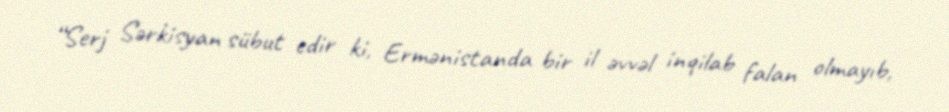
“Serj Sərkisyan sübut edir ki, Ermənistanda bir il əvvəl inqilab falan olmayıb,